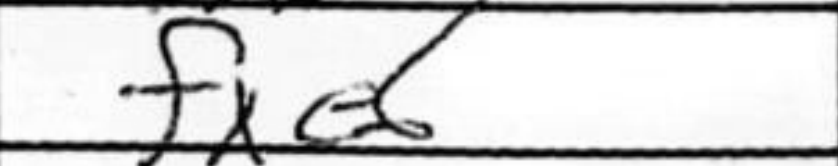
Transcription: fxe6